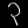
Digit: ၃